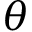
\boldsymbol { \theta }